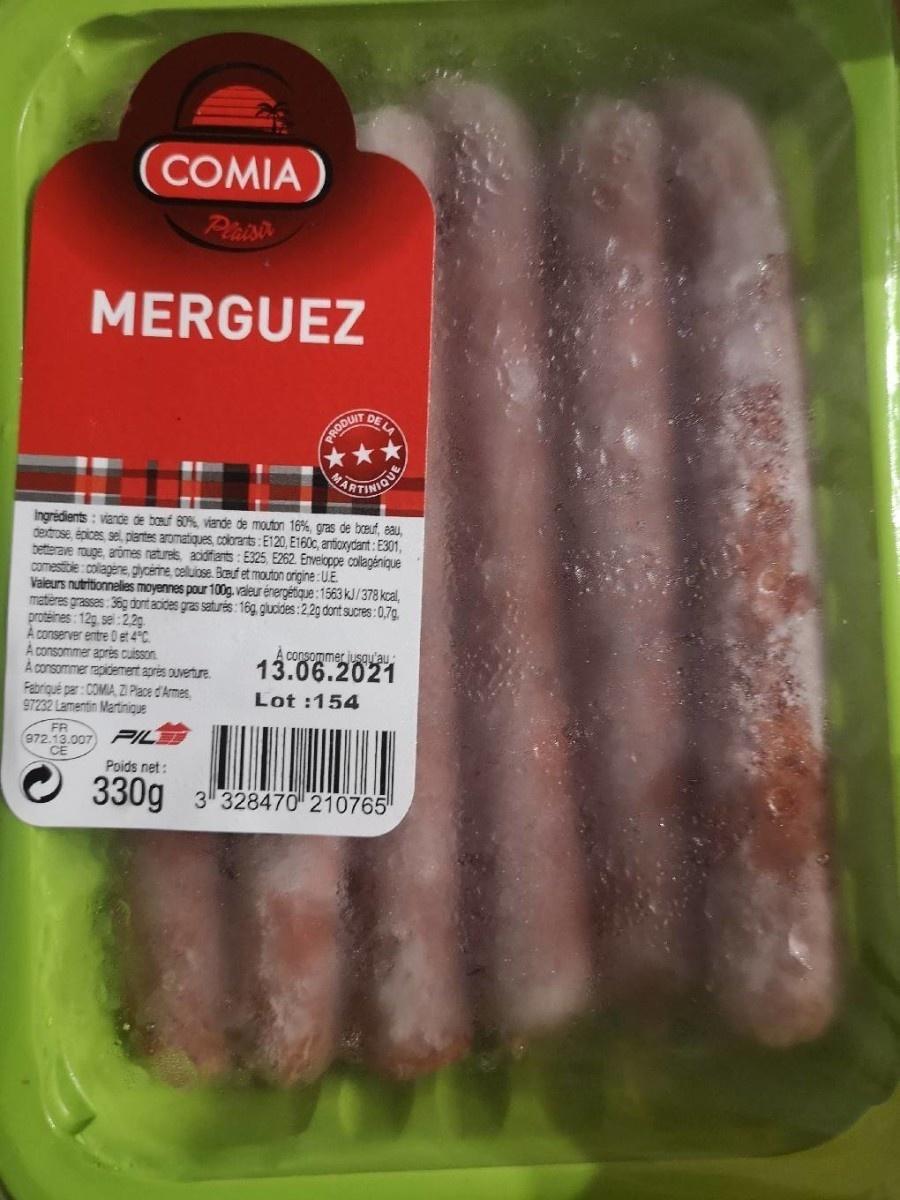
COMIA
Plaison
MERGUEZ
DE
PRODUIT
ITINION
Ingrédients : viande de bouf 60% viande de mouton 16%, gras de boeuf, eau, derdrose, épices, sel, piantes aromatiques, colorants: E120, E160c, antioxydant : E301, betterave rouge, arômes naturels, acidfiarts : E325, E262. Enveloppe collagénique comestible:collagene, gycene, celuiose. Beuf et mouton origine:UE Valeurs nutritionnelles moyennes pour 100g., valeur énergétique:1563 kJ/378 kcal, matières grasses: 36g dont acides gras saturés: 16g, giucides:2,2g dont sucres:0,7g, proteines : 12g, sel:2,2g A conserver entre 0 et 4°C. A consommer après cuisson. À consommer rapidement après ouverture. Fabriqué par: COMIA, ZI Place d'Armes 97232 Lamentin Martinique
A consommer jusgu'au:
13.06.2021
Lot :154
FR
972.13.007 CE
PIL
Poids net:
330g 3 328470 210765